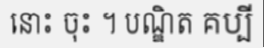
នោះ ចុះ ។ បណ្ឌិត គប្បី